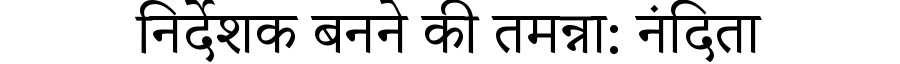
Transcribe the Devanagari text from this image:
निर्देशक बनने की तमन्ना: नंदिता